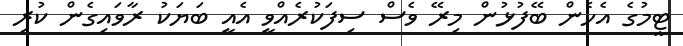
ޓީމުގެ އެހެން ބޭފުޅުން މިރޭ ވެސް ސިފަކުރެއްވީ އެއީ ބަޔަކު ރާވައިގެން ކުރި